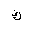
Letter: _kaf